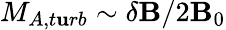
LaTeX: M_{A,t\mathbf{u}rb}\sim\delta\mathbf{B}/2\mathbf{B}_{0}